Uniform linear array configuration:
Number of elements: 12
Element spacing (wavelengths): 0.25
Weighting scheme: blackman
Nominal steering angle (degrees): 15
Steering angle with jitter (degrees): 16.754
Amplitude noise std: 0.05
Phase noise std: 0.05

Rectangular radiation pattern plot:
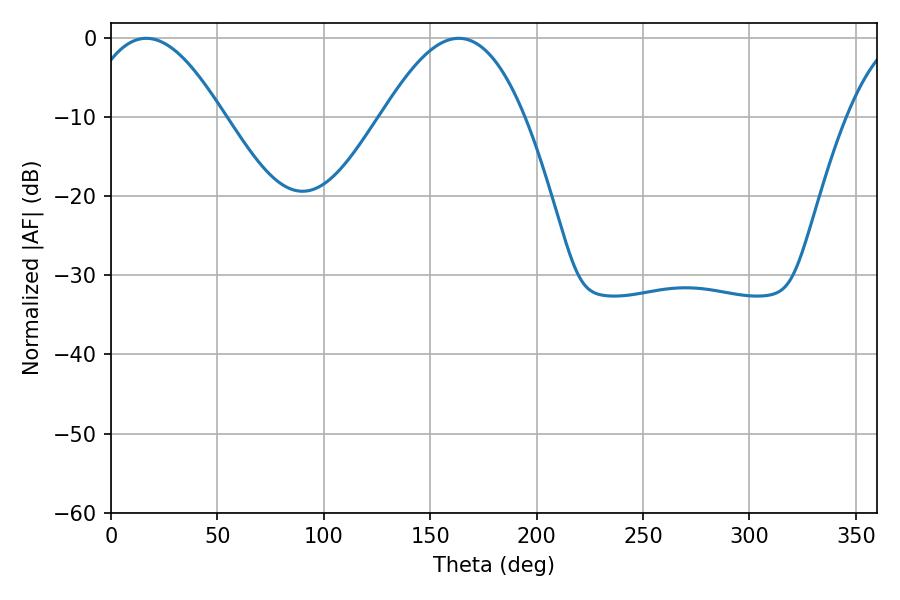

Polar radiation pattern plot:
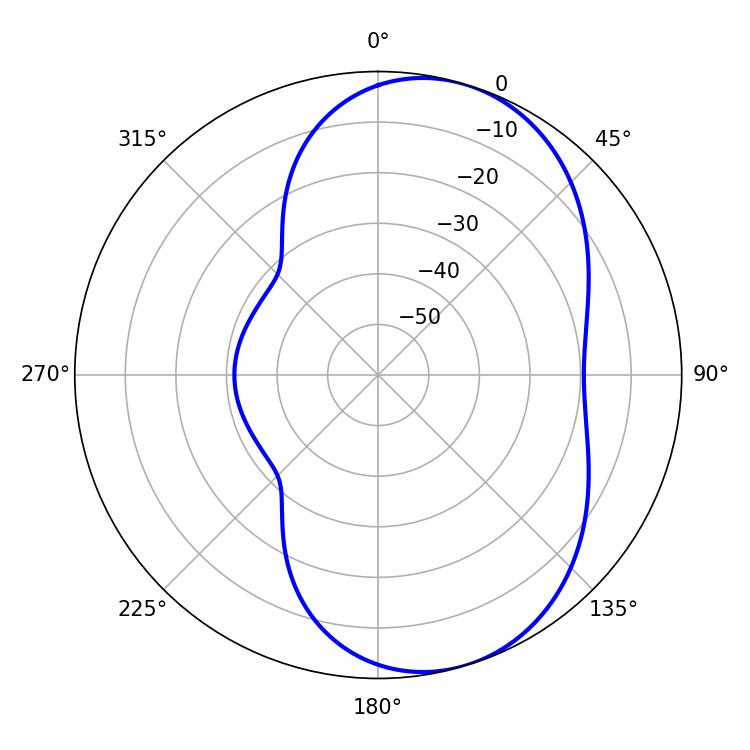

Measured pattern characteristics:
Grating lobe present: FALSE
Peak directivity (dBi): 6.64
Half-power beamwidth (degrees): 35.64
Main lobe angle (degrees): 16.56